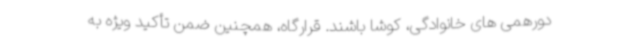
دورهمی های خانوادگی، کوشا باشند. قرارگاه، همچنین ضمن تأکید ویژه به